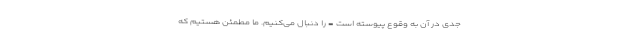
جدی در آن به وقوع پیوسته است - را دنبال می‌کنیم. ما مطمئن هستیم که